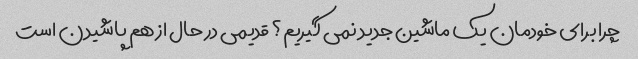
چرا برای خودمان یک ماشین جدید نمی گیریم؟ قدیمی در حال از هم پاشیدن است